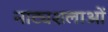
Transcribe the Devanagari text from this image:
नाट्यशलाओं